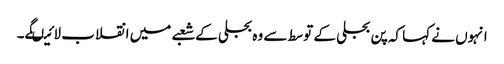
انہوں نے کہا کہ پن بجلی کے توسط سے وہ بجلی کے شعبے میں انقلاب لائیںگے۔